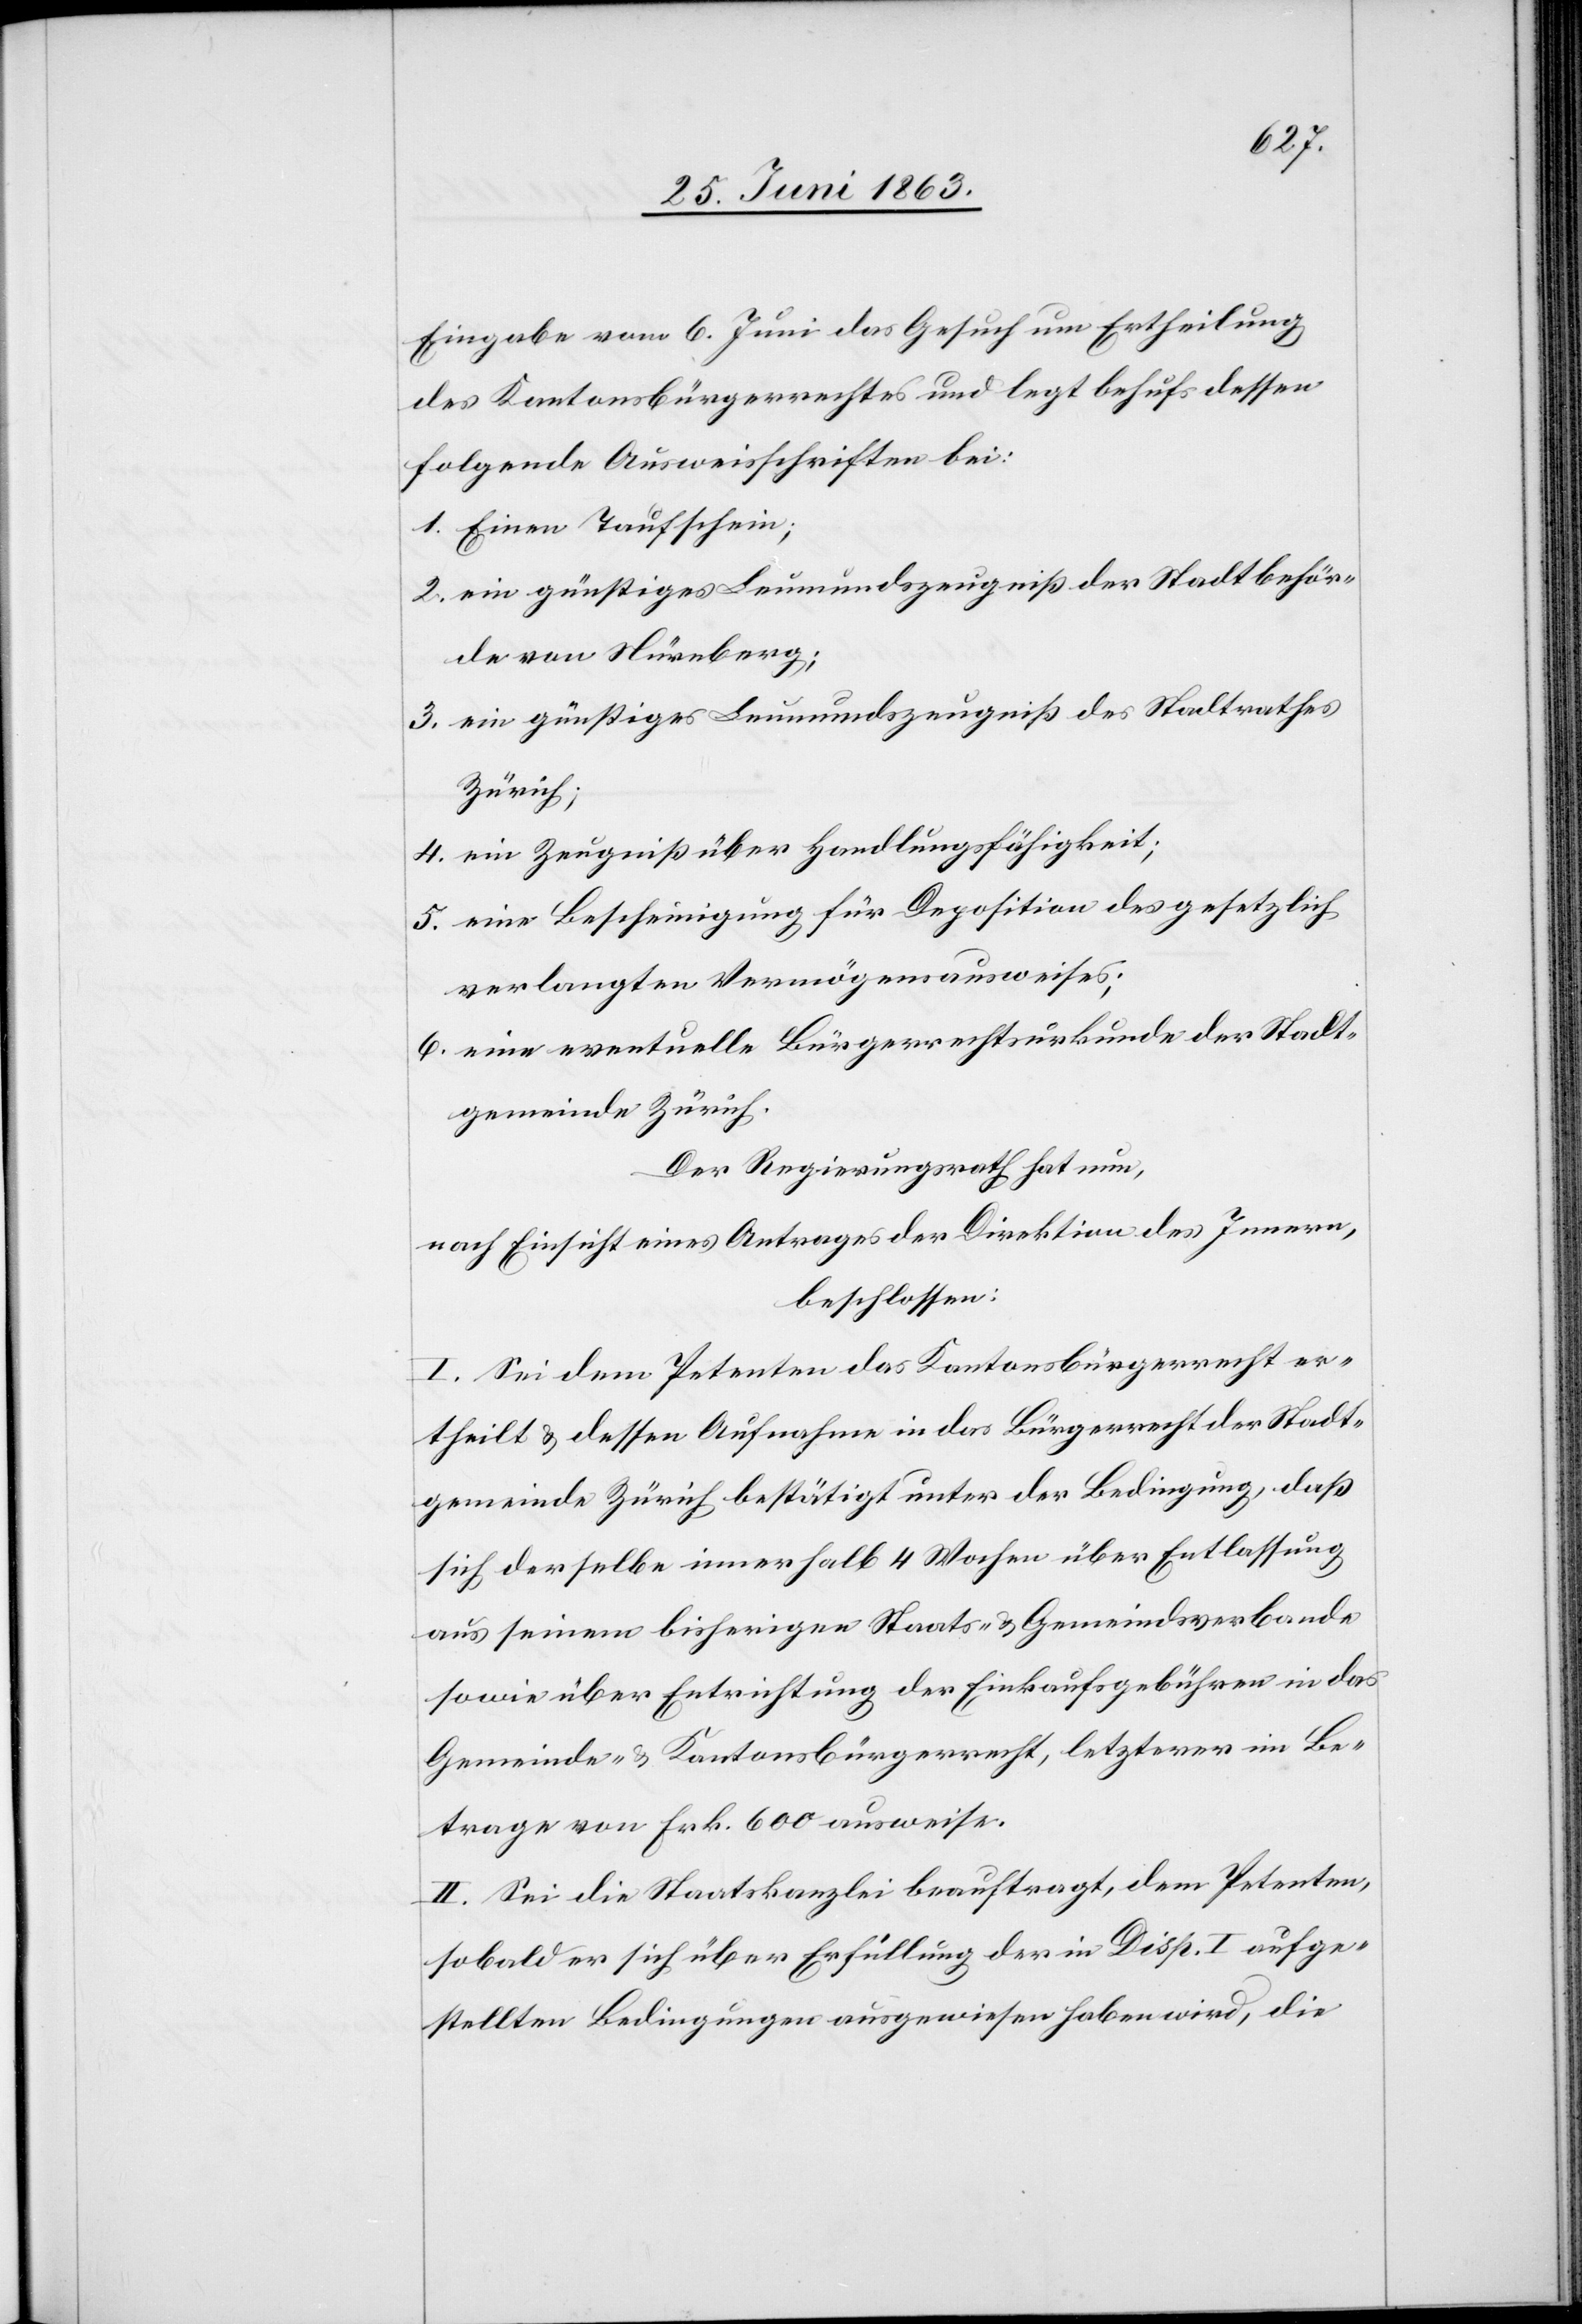
Eingabe vom 6. Juni das Gesuch um Ertheilung
des Kantonsbürgerrechtes und legt behufs dessen
folgende Ausweisschriften bei:
1. Einen Taufschein;
2. ein günstiges Leumundszeugniß der Stadtbehör¬
de von Nürnberg;
3. ein günstiges Leumundszeugniß des Stadtrathes
Zürich;
4. ein Zeugniß über Handlungsfähigkeit,
5. eine Bescheinigung für Deposition des gesetzlich
verlangten Vermögensausweises;
6. eine eventuelle Bürgerrechtsurkunde der Stadt¬
gemeinde Zürich.
Der Regierungsrath hat nun,
nach Einsicht eines Antrages der Direktion des Innern,
beschlossen:
I. Sei dem Petenten das Kantonsbürgerrecht er¬
theilt & dessen Aufnahme in das Bürgerrecht der Stadt¬
gemeinde Zürich bestätigt unter der Bedingung, daß
sich derselbe innerhalb 4 Wochen über Entlassung
aus seinem bisherigen Staats- & Gemeindsverbande
sowie über Entrichtung der Einkaufsgebühren in das
Gemeinde- & Kantonsbürgerrecht, letzterer im Be¬
trage von Frk. 600 ausweise.
II. Sei die Staatskanzlei beauftragt, dem Petenten,
sobald er sich über Erfüllung der in Disp. I aufge¬
stellten Bedingungen ausgewiesen haben wird, die